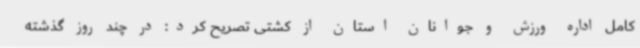
کامل اداره ورزش و جوانان استان از کشتی تصریح کرد: در چند روز گذشته